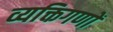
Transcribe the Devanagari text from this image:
व्यक्तिगणों